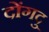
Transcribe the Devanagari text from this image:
दोंगदु